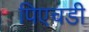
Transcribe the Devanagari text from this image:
पिएचडी